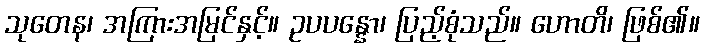
သုတေန၊ အကြားအမြင်နှင့်။ ဥပပန္နော၊ ပြည့်စုံသည်။ ဟောတိ၊ ဖြစ်၏။